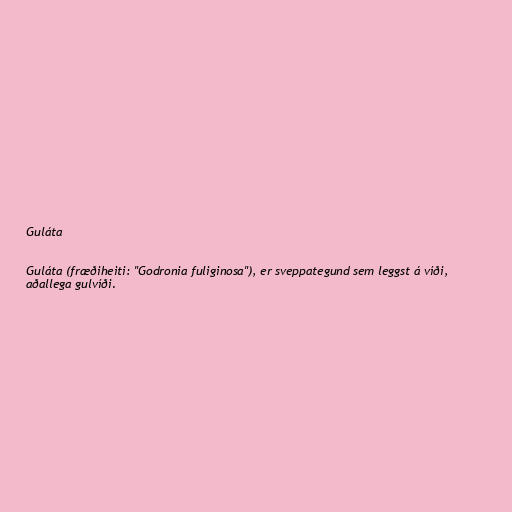
Guláta

Guláta (fræðiheiti: "Godronia fuliginosa"), er sveppategund sem leggst á víði,
aðallega gulvíði.